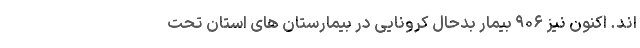
اند. اکنون نیز ۹۰۶ بیمار بدحال کرونایی در بیمارستان های استان تحت